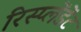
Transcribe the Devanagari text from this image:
रिस्प्लेंडेंट